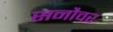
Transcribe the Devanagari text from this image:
सनौवर